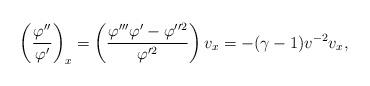
LaTeX: \begin{align*}\left( \frac{\varphi^{\prime\prime}}{\varphi^{\prime}}\right) _{x}=\left(\frac{\varphi^{\prime\prime\prime}\varphi^{\prime}-\varphi^{\prime\prime2}}{\varphi^{\prime2}}\right) v_{x}=-(\gamma-1)v^{-2}v_{x},\end{align*}